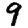
Digit: 9